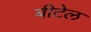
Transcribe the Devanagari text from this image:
बीटेल